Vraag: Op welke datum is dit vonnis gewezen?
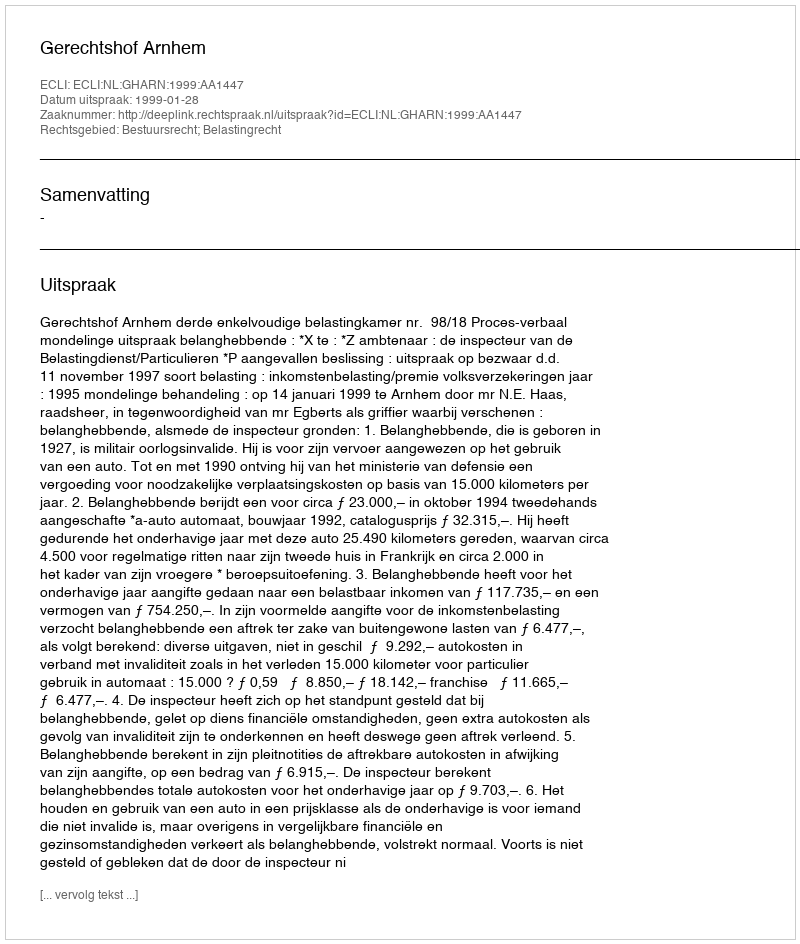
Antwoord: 1999-01-28